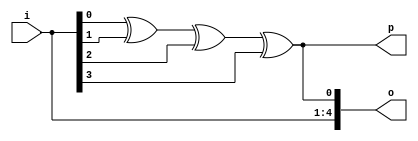
`timescale 1ns / 1ps
//////////////////////////////////////////////////////////////////////////////////
// Company: 
// Engineer: 
// 
// Design Name: 
// Module Name:    D4bit_even_pg 
// Project Name: 
// Target Devices: 
// Tool versions: 
// Description: 
//
// Dependencies: 
//
// Revision: 
// Revision 0.01 - File Created
// Additional Comments: 
//
//////////////////////////////////////////////////////////////////////////////////
module D4bit_even_pg(o,p,i);
input [3:0]i;
output p;
output [4:0]o;
assign p=i[0]^i[1]^i[2]^i[3];
assign o={i,p};
endmodule